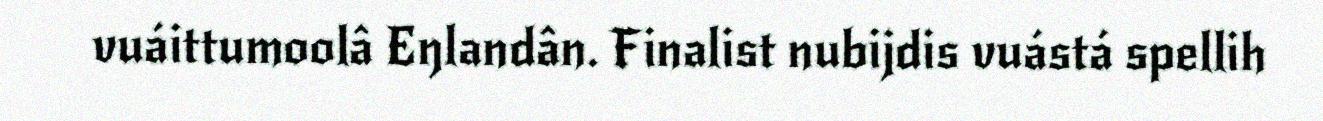
vuáittumoolâ Eŋlandân. Finalist nubijdis vuástá spellih